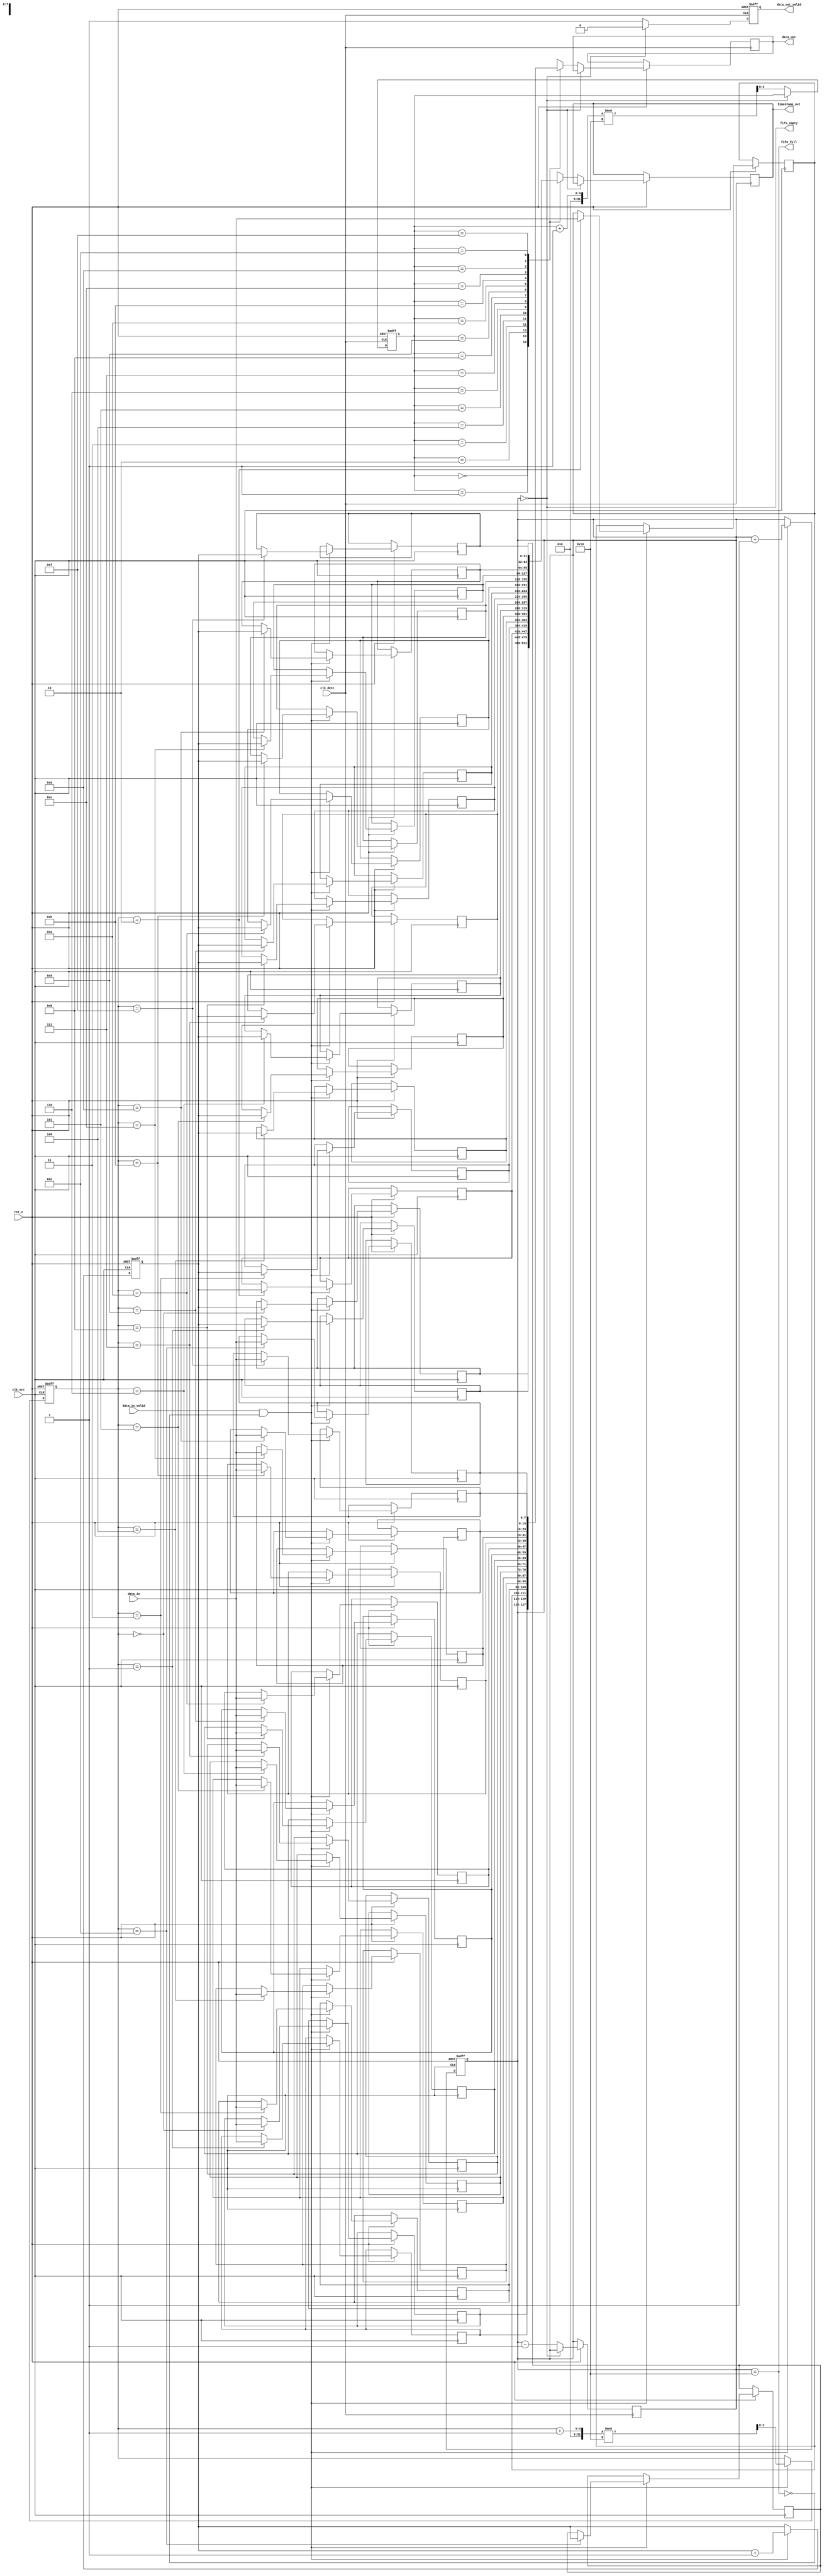
module time_stamped_synchronizer #(
    parameter DATA_WIDTH = 8,
    parameter FIFO_DEPTH = 16
)(
    input  wire clk_src,                // Source clock
    input  wire clk_dest,               // Destination clock
    input  wire rst_n,                  // Active low reset
    input  wire [DATA_WIDTH-1:0] data_in, // Data input from source memory block
    input  wire data_in_valid,          // Data valid signal
    output wire [DATA_WIDTH-1:0] data_out, // Data output to destination memory block
    output wire [31:0] timestamp_out,   // Timestamp output
    output wire data_out_valid,         // Data valid output signal
    output wire fifo_empty,             // FIFO empty flag
    output wire fifo_full               // FIFO full flag
);

    // FIFO buffer declaration
    reg [DATA_WIDTH-1:0] fifo_data [0:FIFO_DEPTH-1];
    reg [31:0] fifo_timestamp [0:FIFO_DEPTH-1];
    reg [3:0] write_ptr, read_ptr;
    reg [4:0] fifo_count;

    // Timestamp generator
    reg [31:0] timestamp_counter;

    // Synchronization flags
    reg data_in_ready, data_out_ready;

    // Reset and Initialization
    always @(posedge clk_src or negedge rst_n) begin
        if (!rst_n) begin
            write_ptr <= 0;
            timestamp_counter <= 0;
            fifo_count <= 0;
            data_in_ready <= 0;
        end else if (data_in_valid && !fifo_full) begin
            fifo_data[write_ptr] <= data_in;
            fifo_timestamp[write_ptr] <= timestamp_counter;
            write_ptr <= (write_ptr + 1) % FIFO_DEPTH;
            fifo_count <= fifo_count + 1;
            timestamp_counter <= timestamp_counter + 1; // Increment timestamp
            data_in_ready <= 1;
        end else begin
            data_in_ready <= 0;
        end
    end

    // Read FIFO in destination clock domain
    always @(posedge clk_dest or negedge rst_n) begin
        if (!rst_n) begin
            read_ptr <= 0;
            data_out_ready <= 0;
        end else if (!fifo_empty) begin
            data_out <= fifo_data[read_ptr];
            timestamp_out <= fifo_timestamp[read_ptr];
            read_ptr <= (read_ptr + 1) % FIFO_DEPTH;
            fifo_count <= fifo_count - 1;
            data_out_ready <= 1;
        end else begin
            data_out_ready <= 0;
        end
    end

    // FIFO status flags
    assign fifo_empty = (fifo_count == 0);
    assign fifo_full = (fifo_count == FIFO_DEPTH);
    assign data_out_valid = data_out_ready;

endmodule